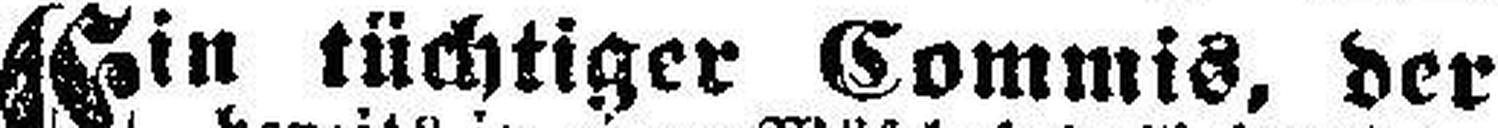
Ein tüchtiger Commis, der